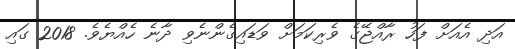
އަދި އެއަށް ފަހު ރާއްޖޭގެ ވެރިކަމަށް ވަޑައިގެންނެވި ދާނެ ހެއްޔެވެ. 2018 ގައި